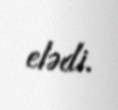
elədi.